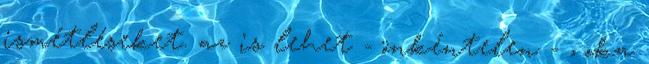
ismétléseket. az is lehet - önkéntelen - , oka